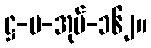
ဋ္ဌ-ပ-အုပ်-၁၆၂။